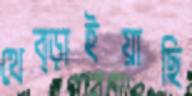
থেব্‌ড়াইয়াছি